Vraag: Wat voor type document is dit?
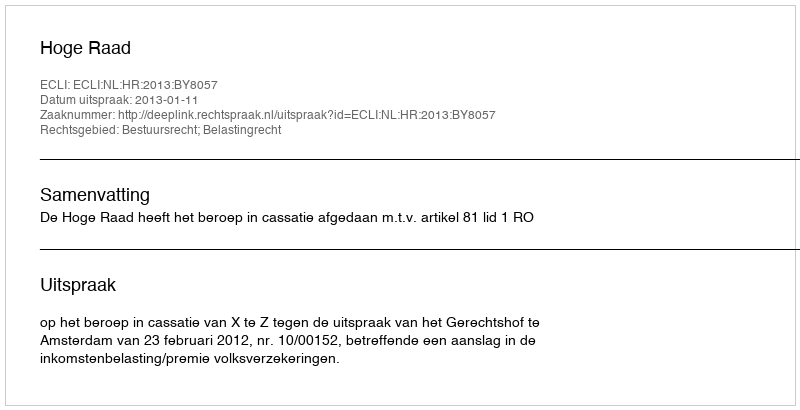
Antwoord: Uitspraak